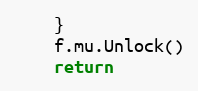
Language: Go
	}
	f.mu.Unlock()
	return